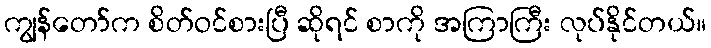
ကျွန်တော်က စိတ်ဝင်စားပြီ ဆိုရင် စာကို အကြာကြီး လုပ်နိုင်တယ်။